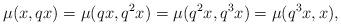
LaTeX: \begin{align*}\mu(x,qx)=\mu(qx,q^{2}x)=\mu(q^{2}x,q^{3}x)=\mu(q^{3}x,x),\end{align*}